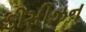
ડીસીઝન